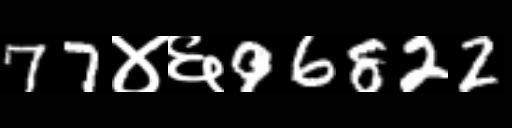
Text: 77४६96822